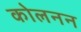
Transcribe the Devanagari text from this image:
कोलनन